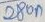
Text: 280n